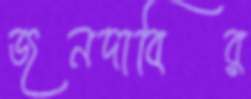
জনদাবির